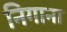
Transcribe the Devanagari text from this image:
निगाना